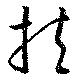
扶